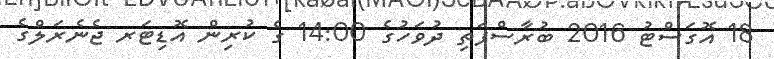
18 އޮގަސްޓު 2016 ބުރާސްފަތި ދުވަހުގެ 14:00 ގެ ކުރިން އޮޑިޓަރ ޖެނެރަލްގެ